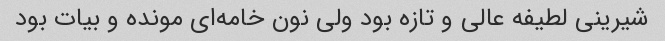
شیرینی لطیفه عالی و تازه بود ولی نون خامه‌ای مونده و بیات بود